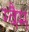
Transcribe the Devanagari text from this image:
ग्वैम